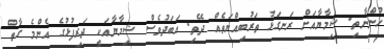
ހުންނާތި. ޝިމާޔާއަށް ރަނގަޅު ތަރުބިއްޔަތެއް ދޭތި. އަބަދުވެސް ޝިމާޔާއަކީ ދަރިފުޅުގެ އެންމެ ގާތް